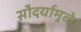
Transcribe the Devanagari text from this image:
सौदर्यामुळे